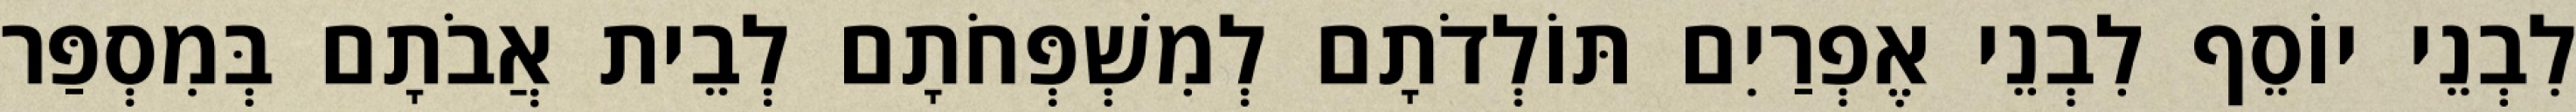
לִבְנֵי יוֹסֵף לִבְנֵי אֶפְרַיִם תּוֹלְדֹתָם לְמִשְׁפְּחֹתָם לְבֵית אֲבֹתָם בְּמִסְפַּר